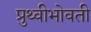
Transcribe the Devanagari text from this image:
प्रुथ्वीभोवती